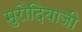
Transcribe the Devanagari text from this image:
मुरोदियाजी